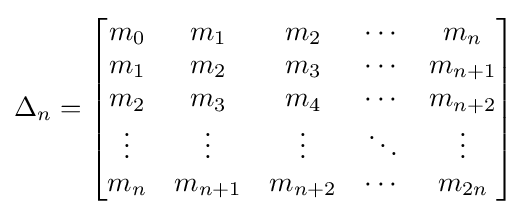
\Delta _{n}=\left[{\begin{matrix}m_{0}&m_{1}&m_{2}&\cdots &m_{n}\\m_{1}&m_{2}&m_{3}&\cdots &m_{n+1}\\m_{2}&m_{3}&m_{4}&\cdots &m_{n+2}\\\vdots &\vdots &\vdots &\ddots &\vdots \\m_{n}&m_{n+1}&m_{n+2}&\cdots &m_{2n}\end{matrix}}\right]